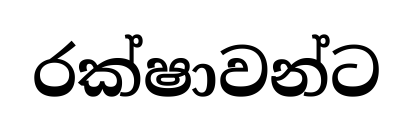
රක්ෂාවන්ට